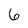
Character: 6